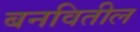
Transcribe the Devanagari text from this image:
बनवितील